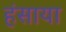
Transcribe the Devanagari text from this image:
हंसाया